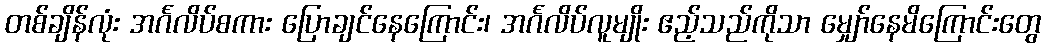
တစ်ချိန်လုံး အင်္ဂလိပ်စကား ပြောချင်နေကြောင်း၊ အင်္ဂလိပ်လူမျိုး ဧည့်သည်ကိုသာ မျှော်နေမိကြောင်းတွေ